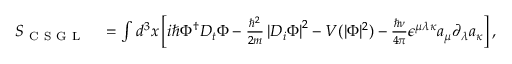
\begin{array} { r l } { S _ { \mathrm { ~ C ~ S ~ G ~ L ~ } } } & { { } = \int d ^ { 3 } x \left[ i \hbar \Phi ^ { \dagger } D _ { t } \Phi - \frac { \hbar ^ { 2 } } { 2 m } \left| D _ { i } \Phi \right| ^ { 2 } - V ( | \Phi | ^ { 2 } ) - \frac { \hbar \nu } { 4 \pi } \epsilon ^ { \mu \lambda \kappa } a _ { \mu } \partial _ { \lambda } a _ { \kappa } \right] , } \end{array}